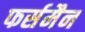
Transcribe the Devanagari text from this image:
फर्समैन